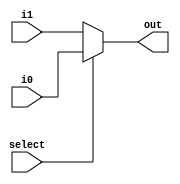
`timescale 1ns / 1ps

module mux(i0, i1, select,out);

(* S = "TRUE" *) input i0, i1, select;
output out;

reg temp;

always @*
begin
	if(select)
		temp <= i0;
	else
		temp <= i1;
end

assign out = temp;

endmodule